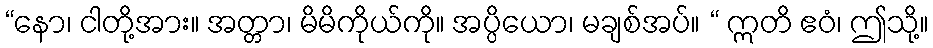
“နော၊ ငါတို့အား။ အတ္တာ၊ မိမိကိုယ်ကို။ အပ္ပိယော၊ မချစ်အပ်။ “ ဣတိ ဧဝံ၊ ဤသို့။